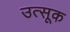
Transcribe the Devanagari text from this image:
उत्सूक